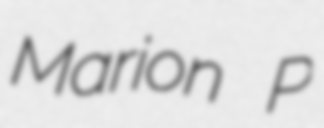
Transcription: Marion P